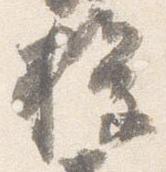
権